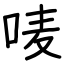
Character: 唛